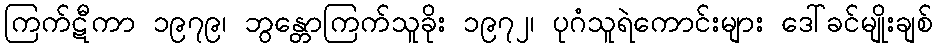
ကြက်ဋီကာ ၁၉၇၉၊ ဘွန္တောကြက်သူခိုး ၁၉၇၂၊ ပုဂံသူရဲကောင်းများ ဒေါ်ခင်မျိုးချစ်